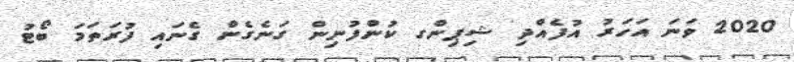
2020 ވަނަ އަހަރު އުފެއްދި ޝިޕިންގ ކުންފުނިން ގަނެގެން ގެނައި ފުރަތަމަ ބޯޓު